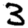
Digit: 3